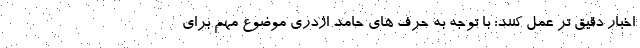
اخبار دقیق تر عمل کنند: با توجه به حرف های حامد اژدری موضوع مهم برای